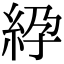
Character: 𥿱